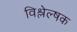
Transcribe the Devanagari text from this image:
विश्लेल्षक